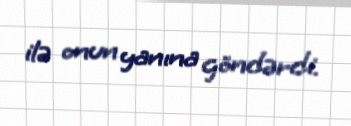
ilə onun yanına göndərdi.